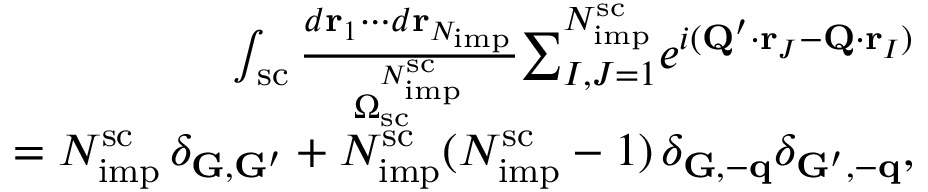
\begin{array} { r l r } & { } & { \int _ { \mathrm { s c } } \frac { d \mathbf r _ { 1 } \cdots d \mathbf r _ { N _ { \mathrm { i m p } } } } { \Omega _ { \mathrm { s c } } ^ { N _ { \mathrm { i m p } } ^ { \mathrm { s c } } } } { \sum } _ { I , J = 1 } ^ { N _ { \mathrm { i m p } } ^ { \mathrm { s c } } } e ^ { i ( \mathbf Q ^ { \prime } \cdot \mathbf r _ { J } - \mathbf Q \cdot \mathbf r _ { I } ) } } \\ & { } & { = N _ { \mathrm { i m p } } ^ { \mathrm { s c } } \, \delta _ { \mathbf G , \mathbf G ^ { \prime } } + N _ { \mathrm { i m p } } ^ { \mathrm { s c } } ( N _ { \mathrm { i m p } } ^ { \mathrm { s c } } - 1 ) \, \delta _ { \mathbf G , - \mathbf q } \delta _ { \mathbf G ^ { \prime } , - \mathbf q } , } \end{array}